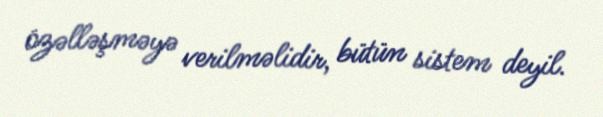
özəlləşməyə verilməlidir, bütün sistem deyil.